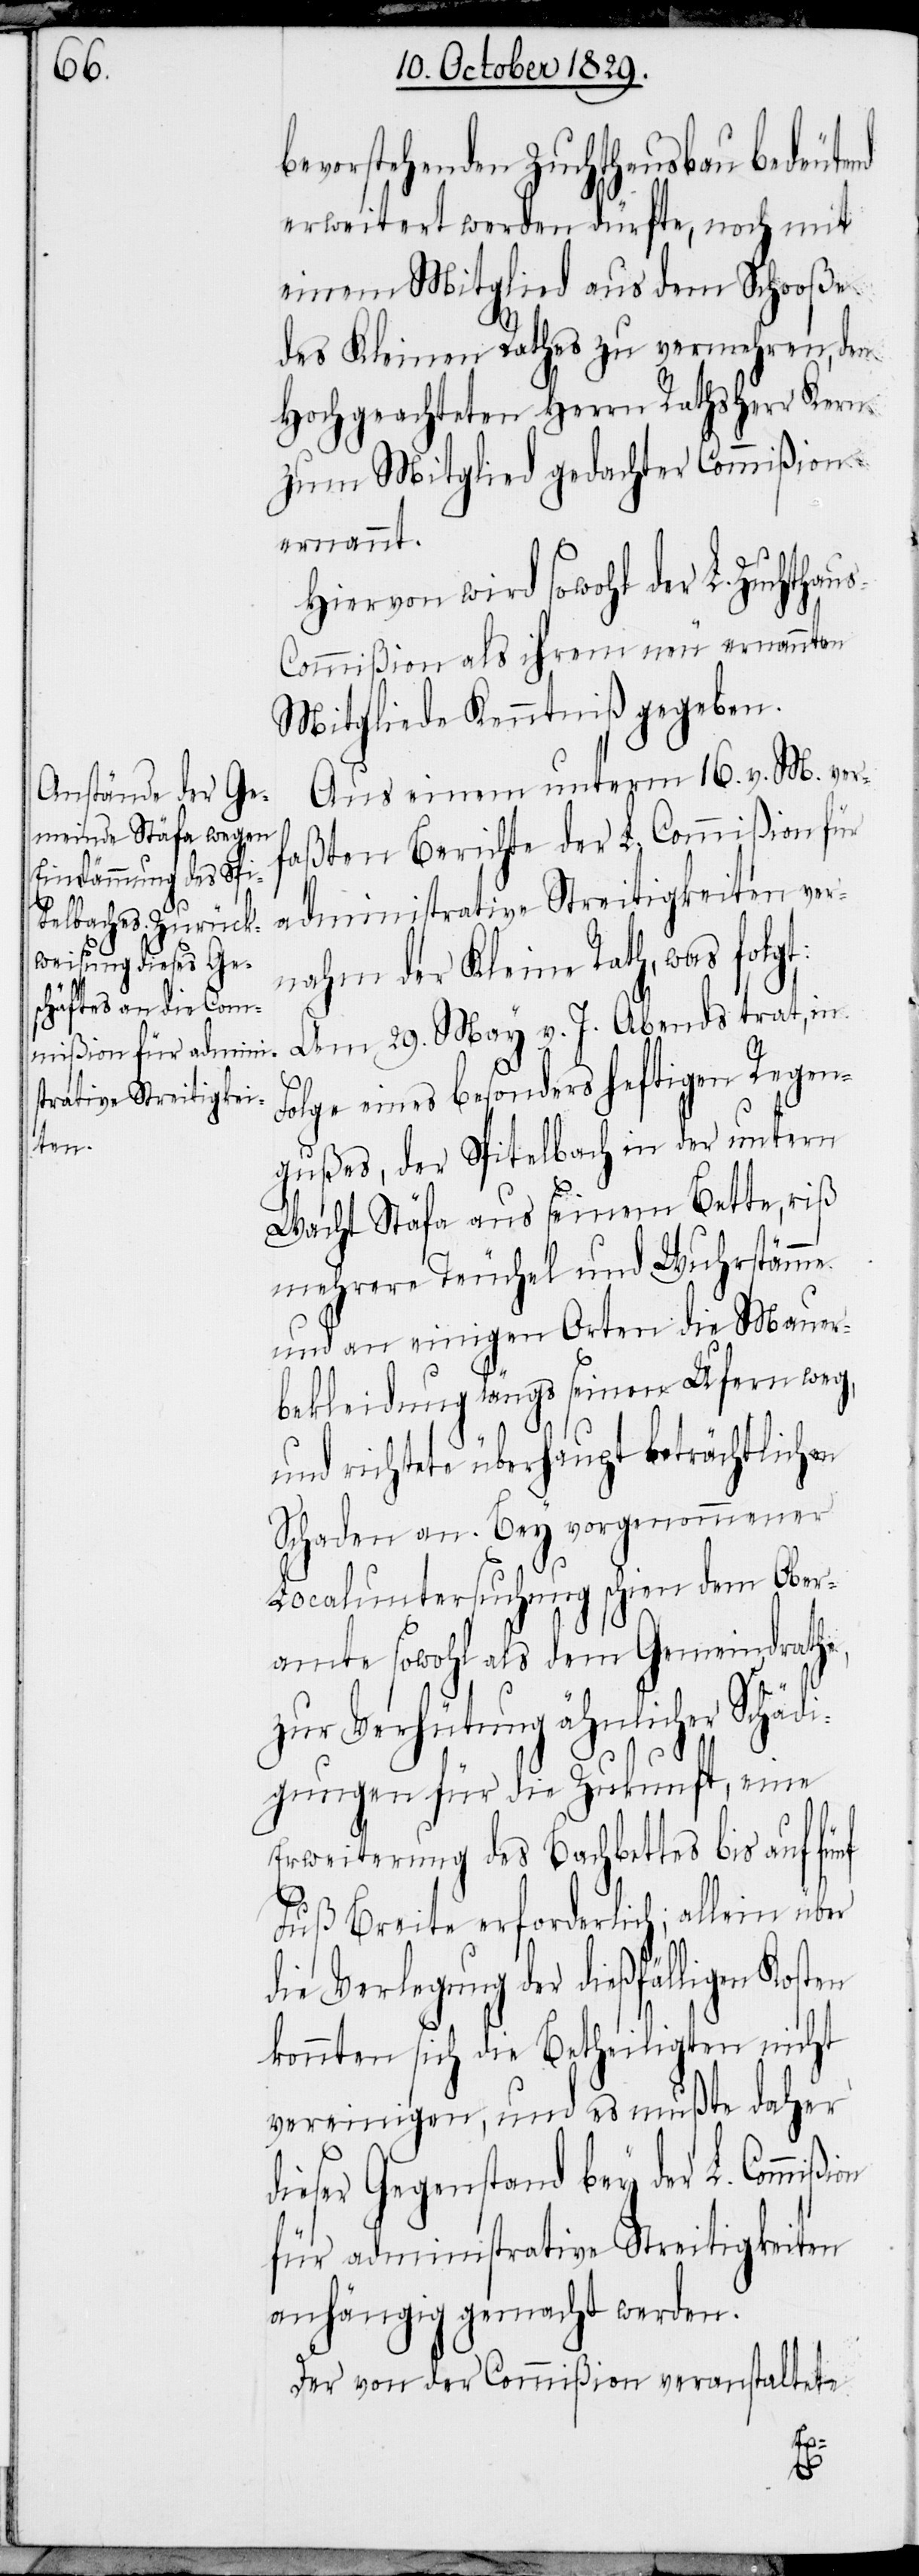
bevorstehenden Zuchthausbau bedeute¬
erweitert werden dürfte, noch mit
einem Mitglied aus dem Schooße
des Kleinen Rathes zu vermehren, den
Hochgeachteten Herrn Rathsherr Kern
zum Mitglied gedachter Commißion
ernannt.
Hiervon wird sowohl der L. Zuchthau¬
s-Commißion als ihrem neu ernannten
Mitgliede Kenntniß gegeben.
Aus einem unterm 16. v. M. ver¬
faßten Berichte der L. Commißion für
administrative Streitigkeiten ver¬
nahm der Kleine Rath, was folgt:
Am 29. May v. J. Abends trat, in
Folge eines besonders heftigen Regen¬
gußes, der Spitelbach in der untern
Wacht Stäfa aus seinem Bette, riß
mehrere Teuchel und Wuhrstämme
und an einigen Orten die Mauer¬
bekleidung längs seinen Ufern weg,
und richtete überhaupt beträchtlichen
Schaden an. Bey vorgenommener
Localuntersuchung schien dem Ober¬
amte sowohl als dem Gemeindrathe,
zur Verhütung ähnlicher Schädi¬
gungen für die Zukunft, eine
Erweiterung des Bachbettes bis af fünf
Fuß Breite erforderlich; alein über
die Verlegung der dießfälligen Kosten
konnten sich die Betheiligten nicht
vereinigen, und es mußte daher
dieser Gegenstand bey der L. Commiß¬
für administrative Streitigkeiten
anhängig gemacht werden.
Der von der Commißion veranstaltete
ion
nd